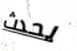
يحدث